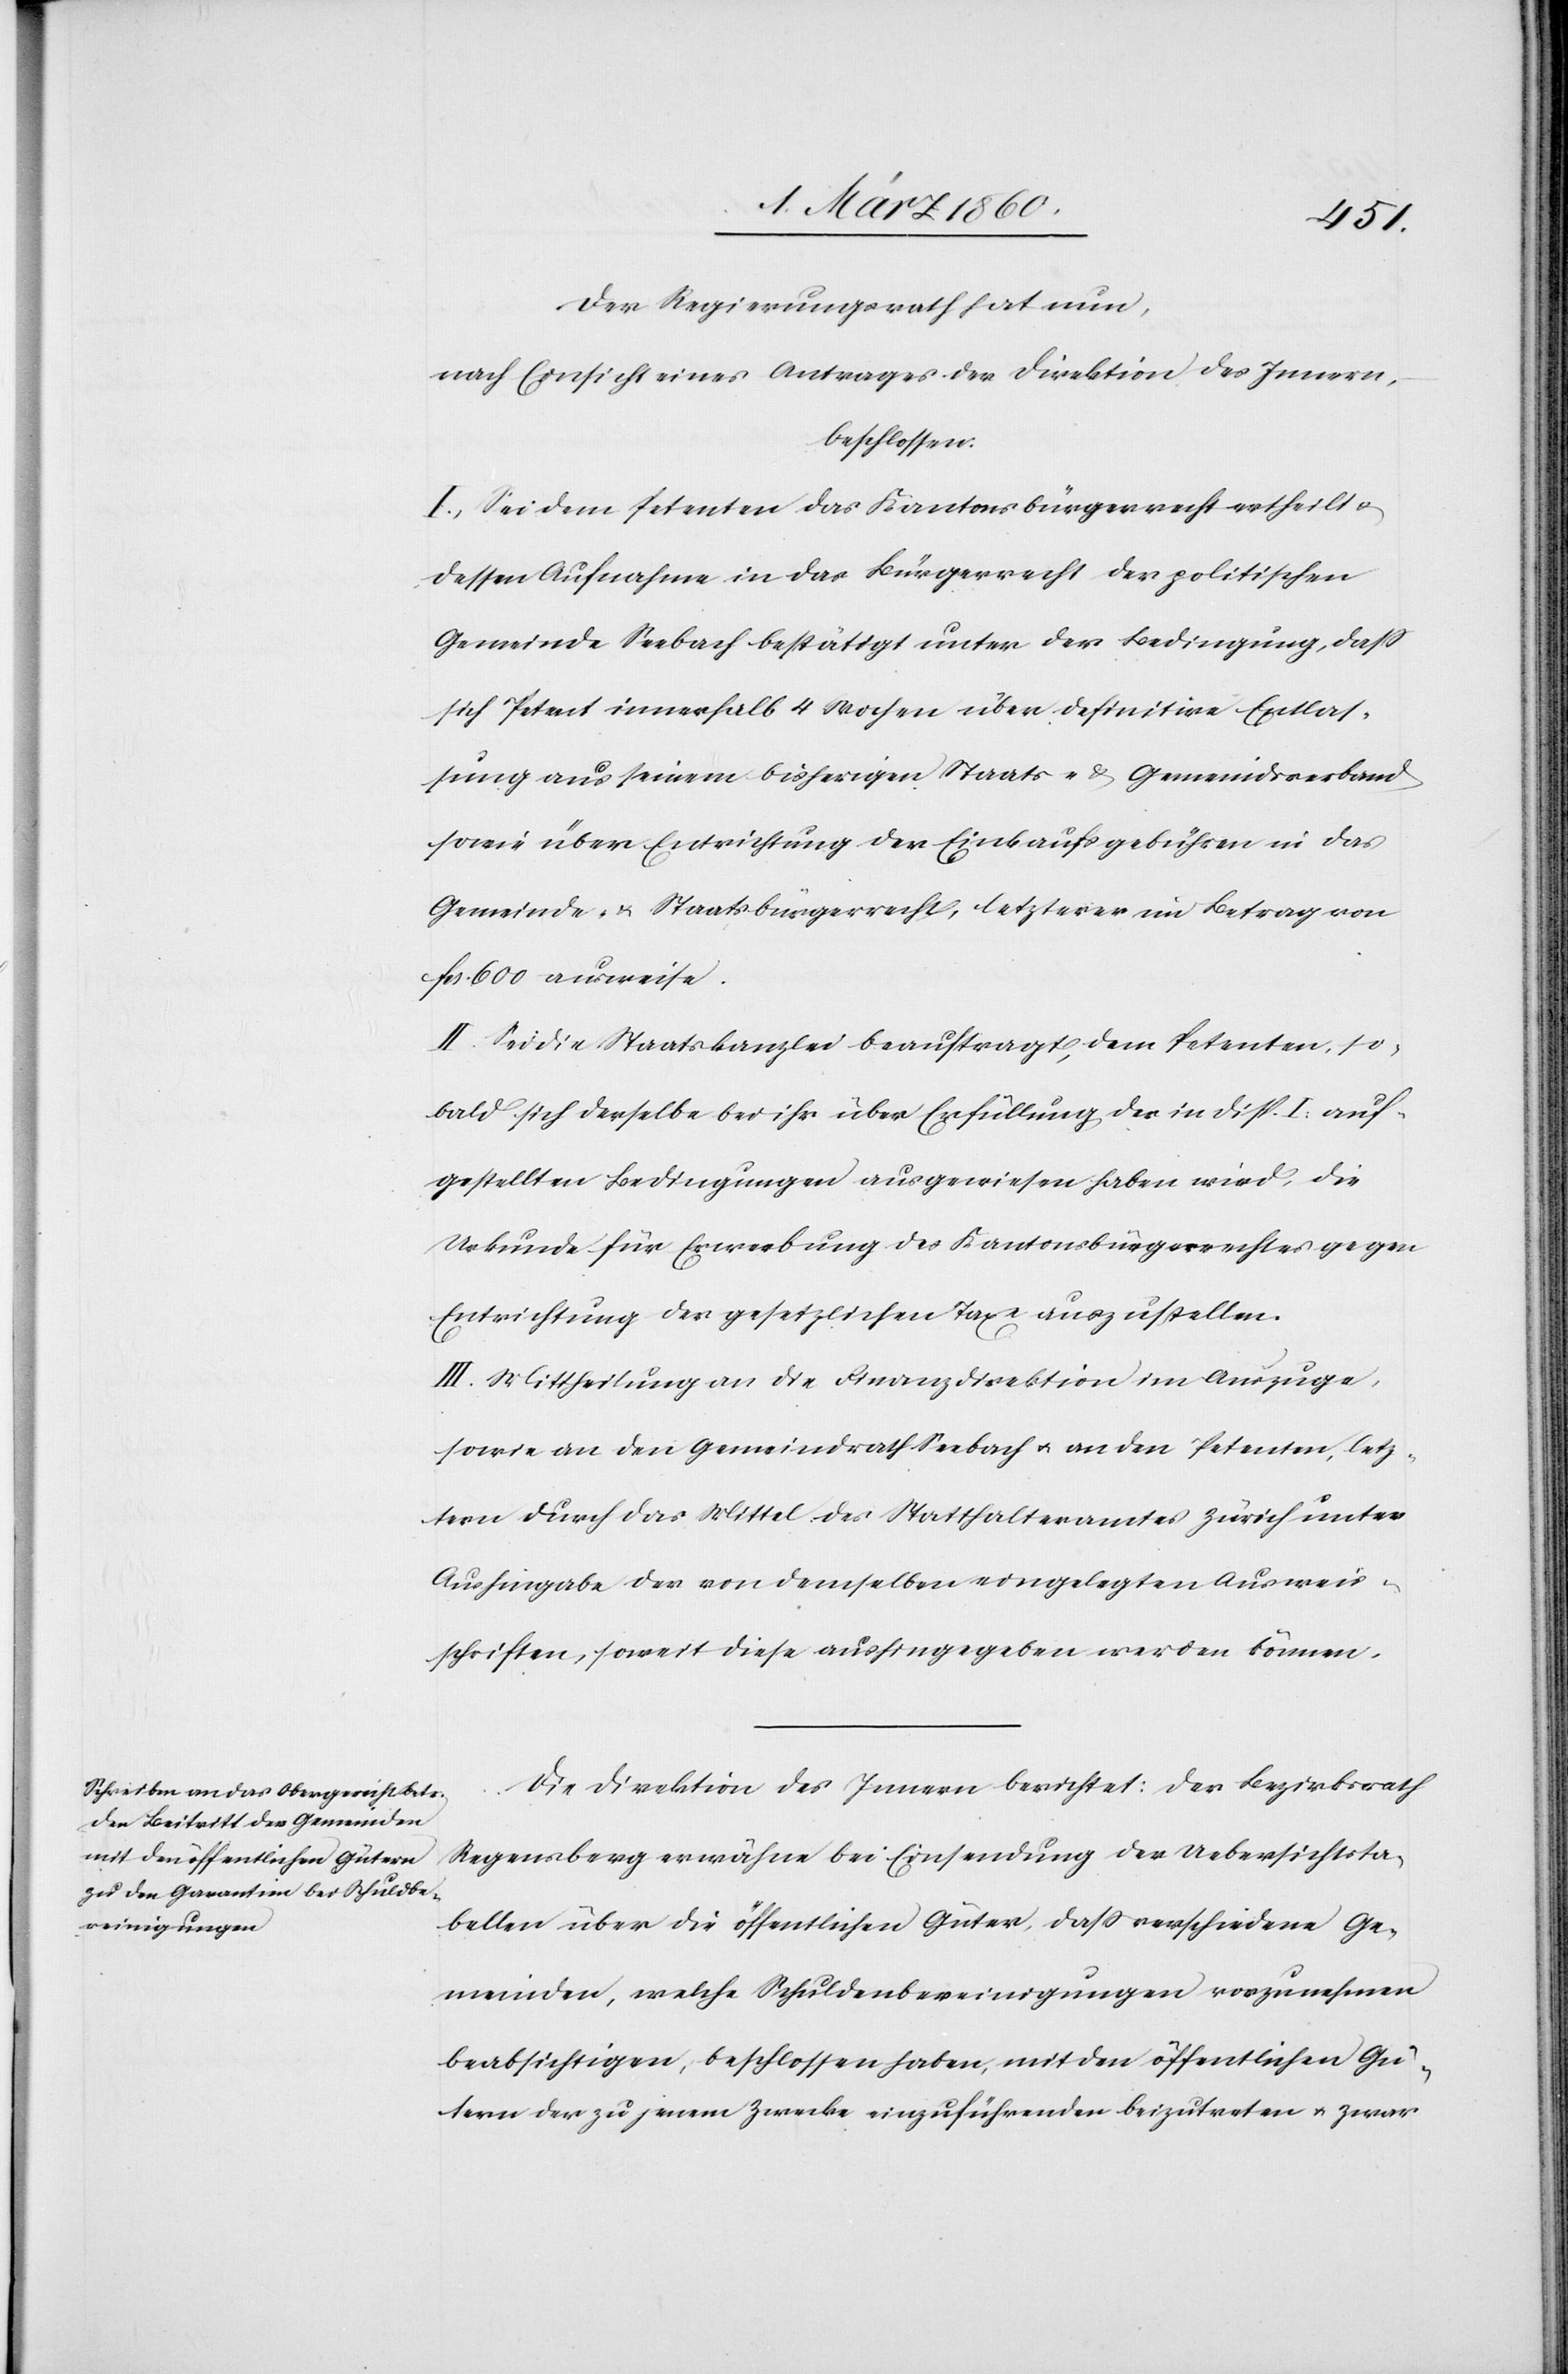
Der Regierungsrath hat nun,
nach Einsicht eines Antrages der Direktion des Innern,
beschlossen:
I. Sei dem Petenten das Kantonsbürgerrecht ertheilt u.
dessen Aufnahme in das Bürgerecht der politischen
Gemeinde Seebach betätigt unter der Bedingung, dass
sich Petent innerhalb 4 Wochen über definitive Entlas¬
sung aus seinem bisherigen Staats- u. Gemeindsverband
sowie über Entrichtung der Einkaufsgebühren in das
Gemeinde- u. Staatsbürgerrecht, letzterer ein Betrag von
fcs. 600 ausweise.
II. Sie die Staatskanzlei beauftragt, dem Petenten, so¬
bald sich derselbe bei ihr über Erfüllung der in Disp. I. auf¬
gestellten Bedingungen ausgewiesen haben wird, die
Urkunde für Erwebung des Kantonsbürgerrechtes gegen
Entrichtung der gesetzlichen Taxe auszustellen.
III. Mittheilung an die Finanzdirektion im Auszuge,
sowie an den Gemeindrath Seebach u. an den Petenten, letz¬
tern durch das Mittel des Statthalteramtes Zürich unter
Aushingabe der von demselben eingelegten Ausweis¬
schriften, soweit diese aushingegeben werden können.
Die Direktion des Innern berichtet: Der Bezirksrath
Regensberg erwähne bei Einsendung der Uebersichtsta¬
bellen über die öffentlichen Güter, daß verschiedene Ge¬
meinden, welche Schuldenbereinigungen vorzunehmen
beabsichtigen, beschlossen haben, mit den öffentlichen Gü¬
tern der zu jenem Zwecke einzuführenden beizutreten u. zwar